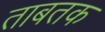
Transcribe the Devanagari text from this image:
ताबतक